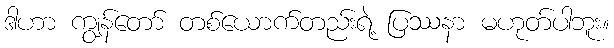
ဒါဟာ ကျွန်တော် တစ်ယောက်တည်းရဲ့ ပြဿနာ မဟုတ်ပါဘူး။